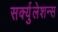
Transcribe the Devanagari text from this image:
सर्क्युलेशन्स